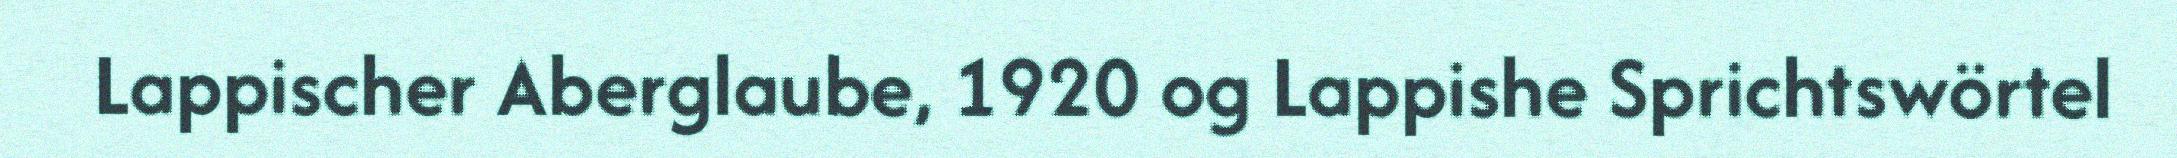
Lappischer Aberglaube, 1920 og Lappishe Sprichtswörtel